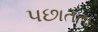
પછાતતા